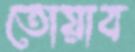
তোয়াব